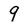
Character: 9